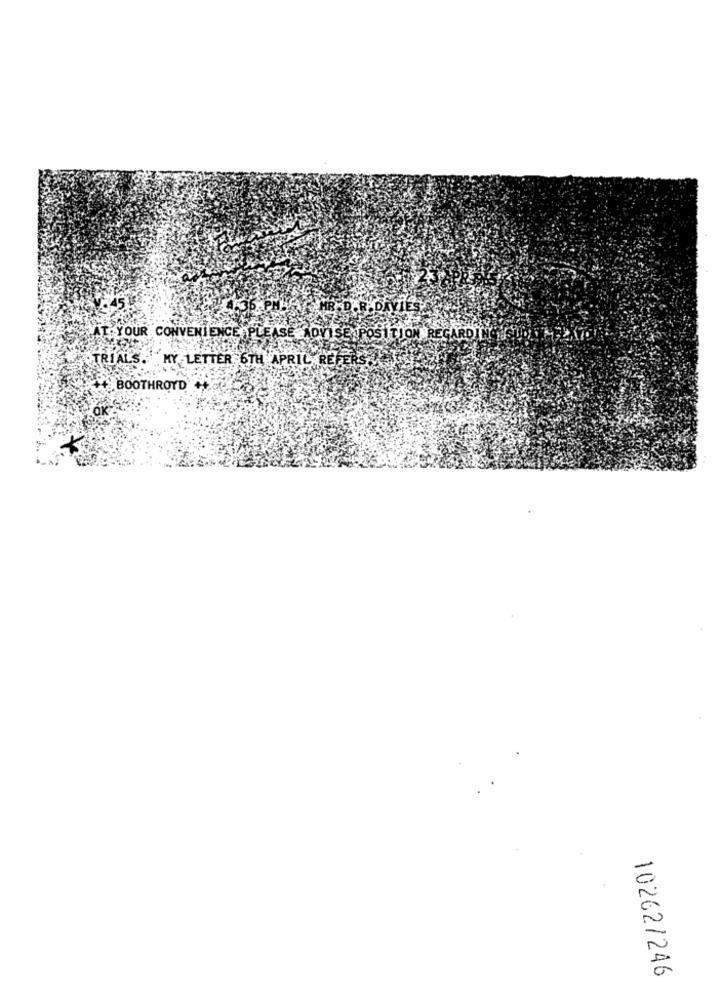
AT YOUR CONVENIENCE PLEASE ADVISE POSITION REGARDIN
TRIALS. MY LETTER 6TH APRIL REFER
BOOTHROYD
10262/246